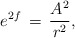
\begin{align*} e^{2f}\,=\,\frac{A^2}{r^2},\end{align*}